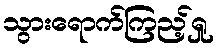
သွားရောက်ကြည့်ရှု